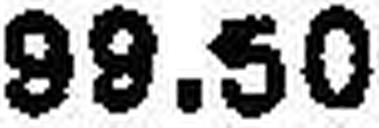
99.50